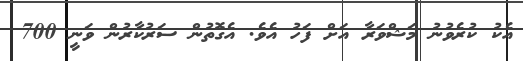
އެކު ކުރެވުނު މަޝްވަރާ އަށް ފަހު އެވެ. އެގޮތުން ސަރުކާރުން ވަނީ 700